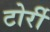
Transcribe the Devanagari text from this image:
टोर्री